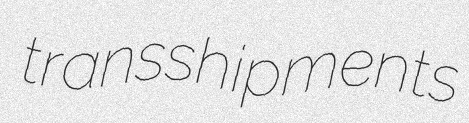
transshipments